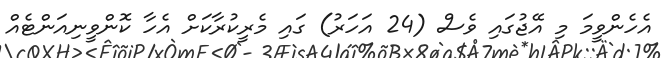
އެހެންވީމަ މި އޭޖުގައި ވެސް (24 އަހަރު) ގައި މެރީކުރާކަށް އެހާ ކޮންވީނިއަންޓެއް